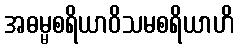
အဓမ္မစရိယာဝိသမစရိယာဟိ